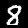
Digit: 8